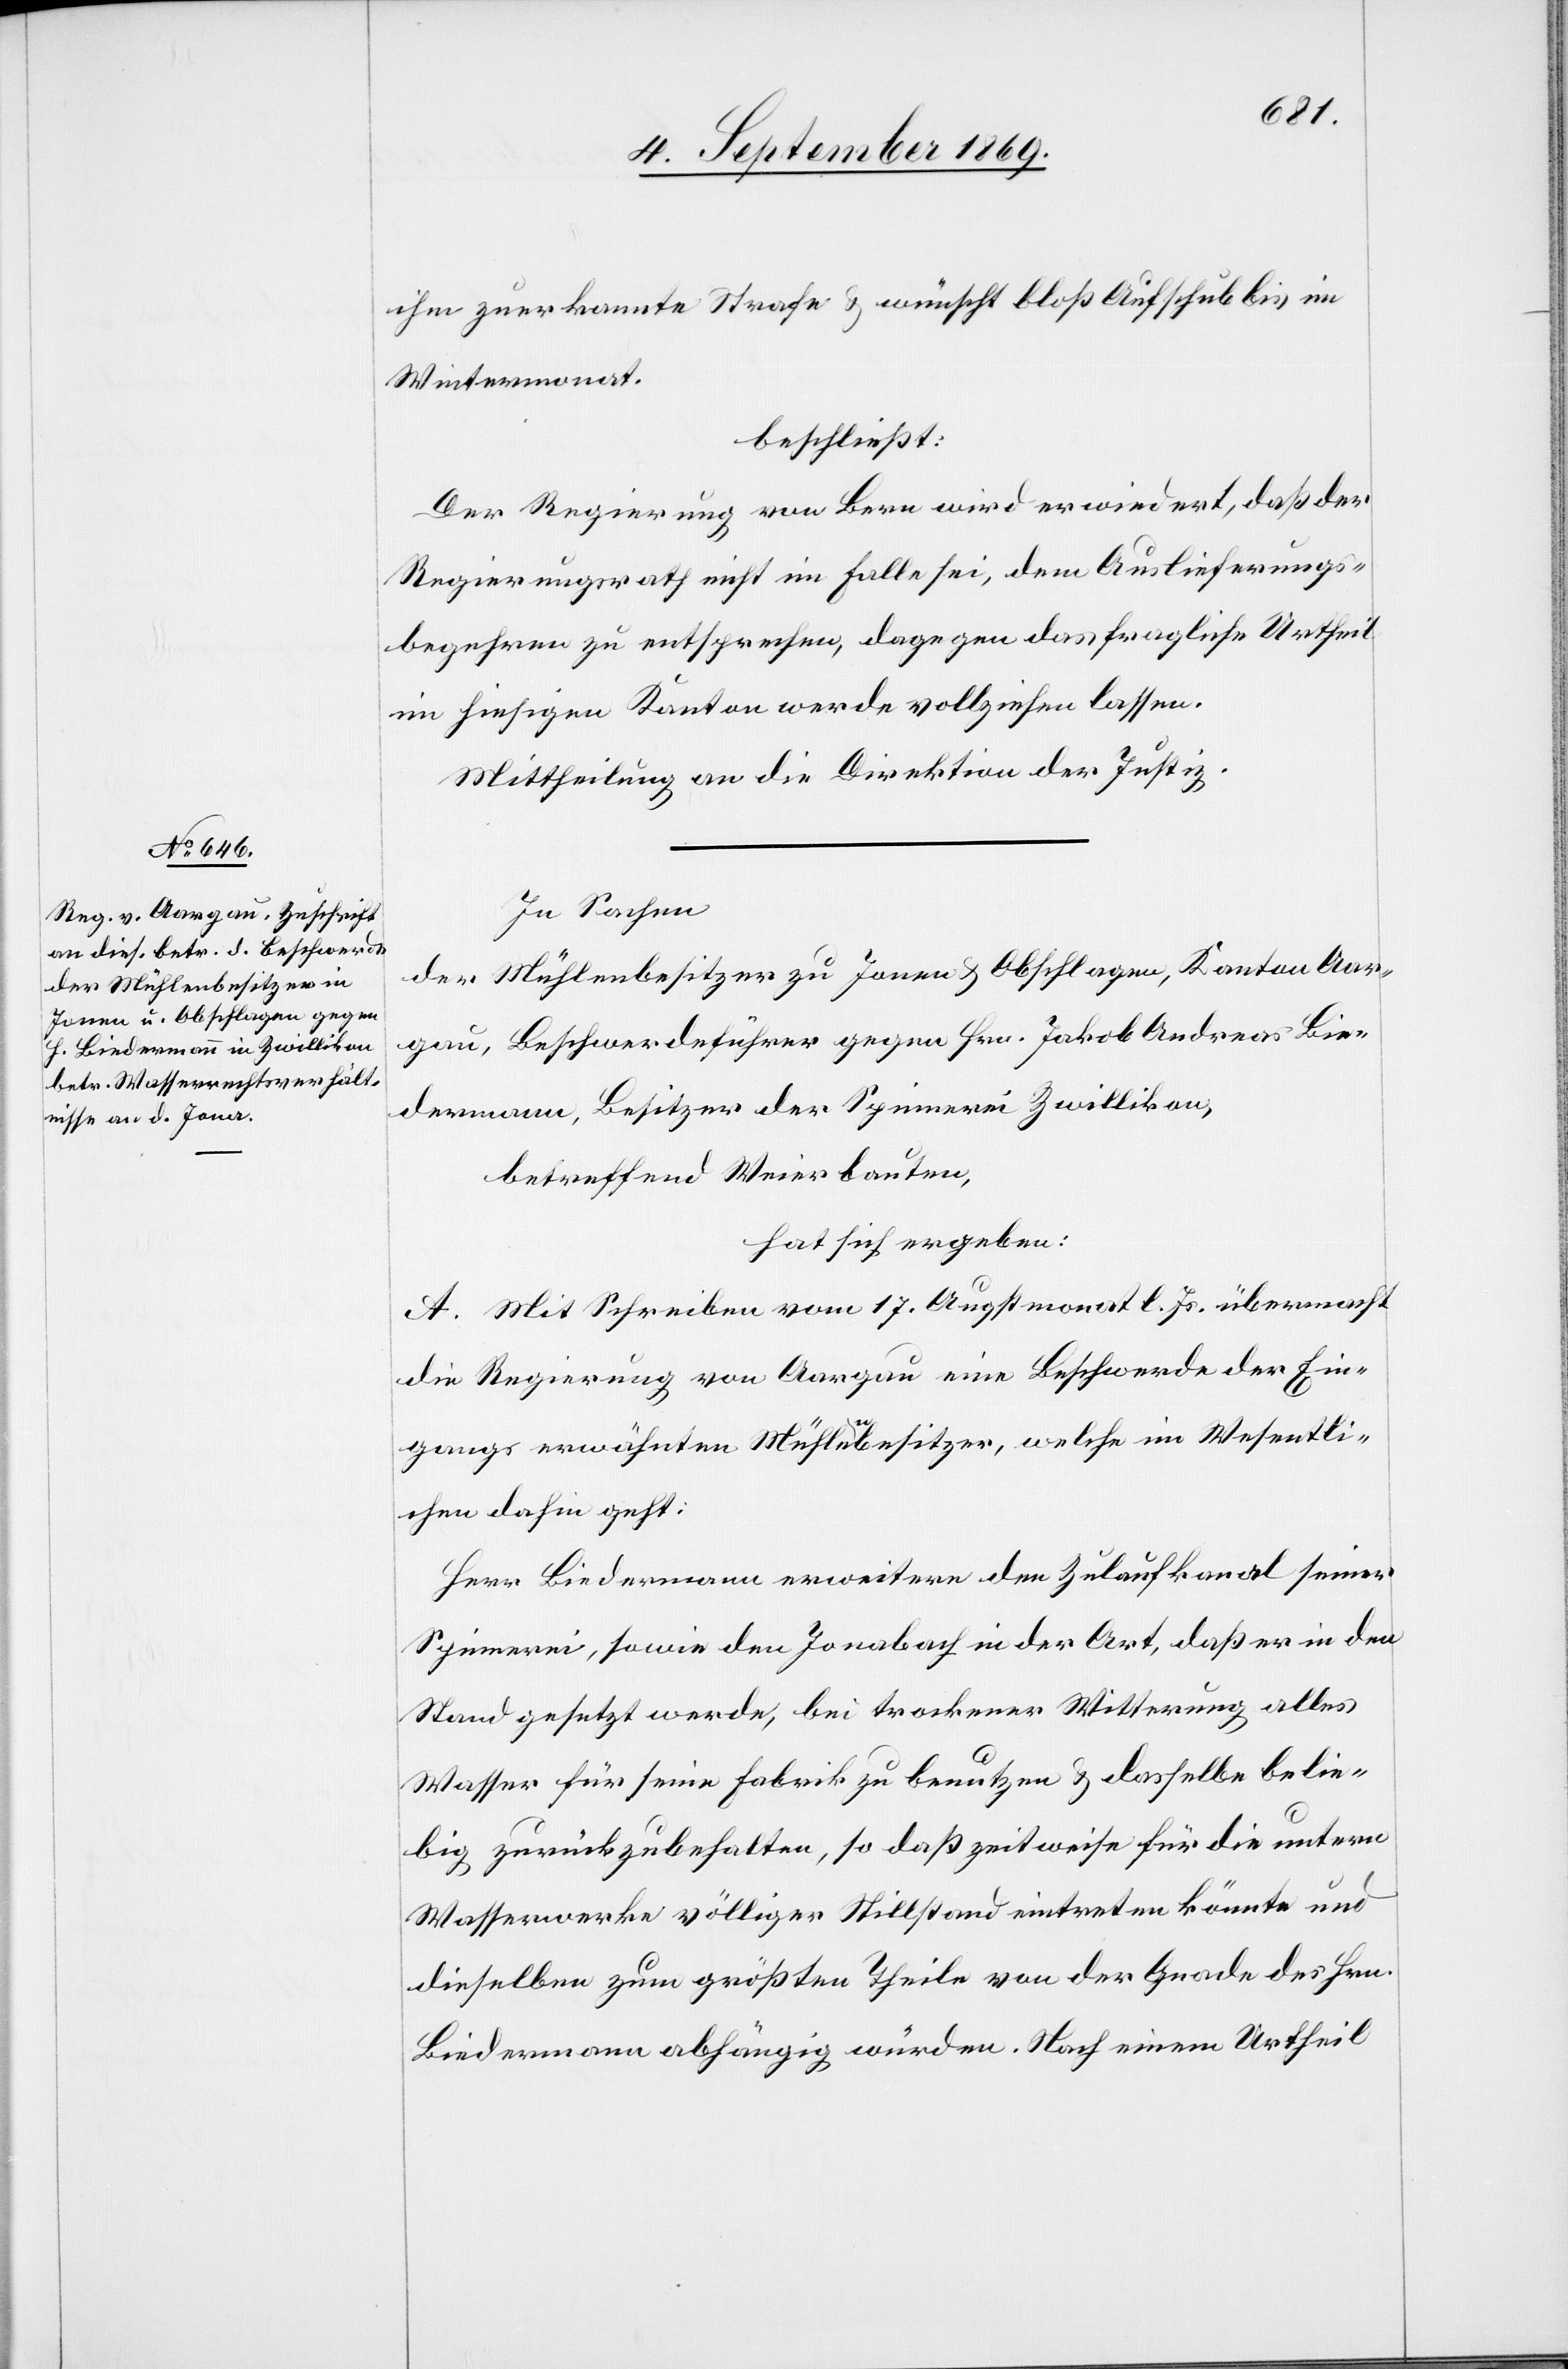
ihm zuerkannte Strafe & wünscht bloß Aufschub bis im
Wintermonat.
beschließt:
Der Regierung von Bern wird erwiedert, daß der
Regierungsrath nicht im Falle sei, dem Auslieferungs¬
begehren zu entsprechen, dagegen das fragliche Urtheil
im hiesigen Kanton werde vollziehen lassen.
Mittheilung an die Direktion der Justiz.
In Sachen
der Mühlenbesitzer zu Jonen & Obschlagen, Kanton Aar¬
gau, Beschwerdeführer gegen Hrn. Jakob Andreas Bie¬
dermann, Besitzer der Spinnerei Zwillikon,
betreffend Weierbauten,
hat sich ergeben:
A. Mit Schreiben vom 17. Augstmonat l. Js. übermacht
die Regierung von Aargau eine Beschwerde der Ein¬
gangs erwähnten Mühlenbesitzer, welche im Wesentli¬
chen dahin geht:
Herr Biedermann erweitere den Zulaufkanal seiner
Spinnerei, sowie den Jonabach in der Art, daß er in den
Stand gesetzt werde, bei trockener Witterung alles
Wasser für seine Fabrik zu benutzen & dasselbe belie¬
big zurückzubehalten, so das zeitweise für die untern
Wasserwerke völliger Stillstand eintreten könnte und
dieselben zum größten Theile von der Gnade des Hrn.
Biedermann abhängig würden. Nach einem Urtheil